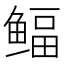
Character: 鲾